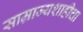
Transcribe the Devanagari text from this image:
साम्राज्यशाहीचा